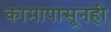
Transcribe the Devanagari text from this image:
कामापासूनही